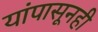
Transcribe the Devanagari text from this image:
यांपासूनही